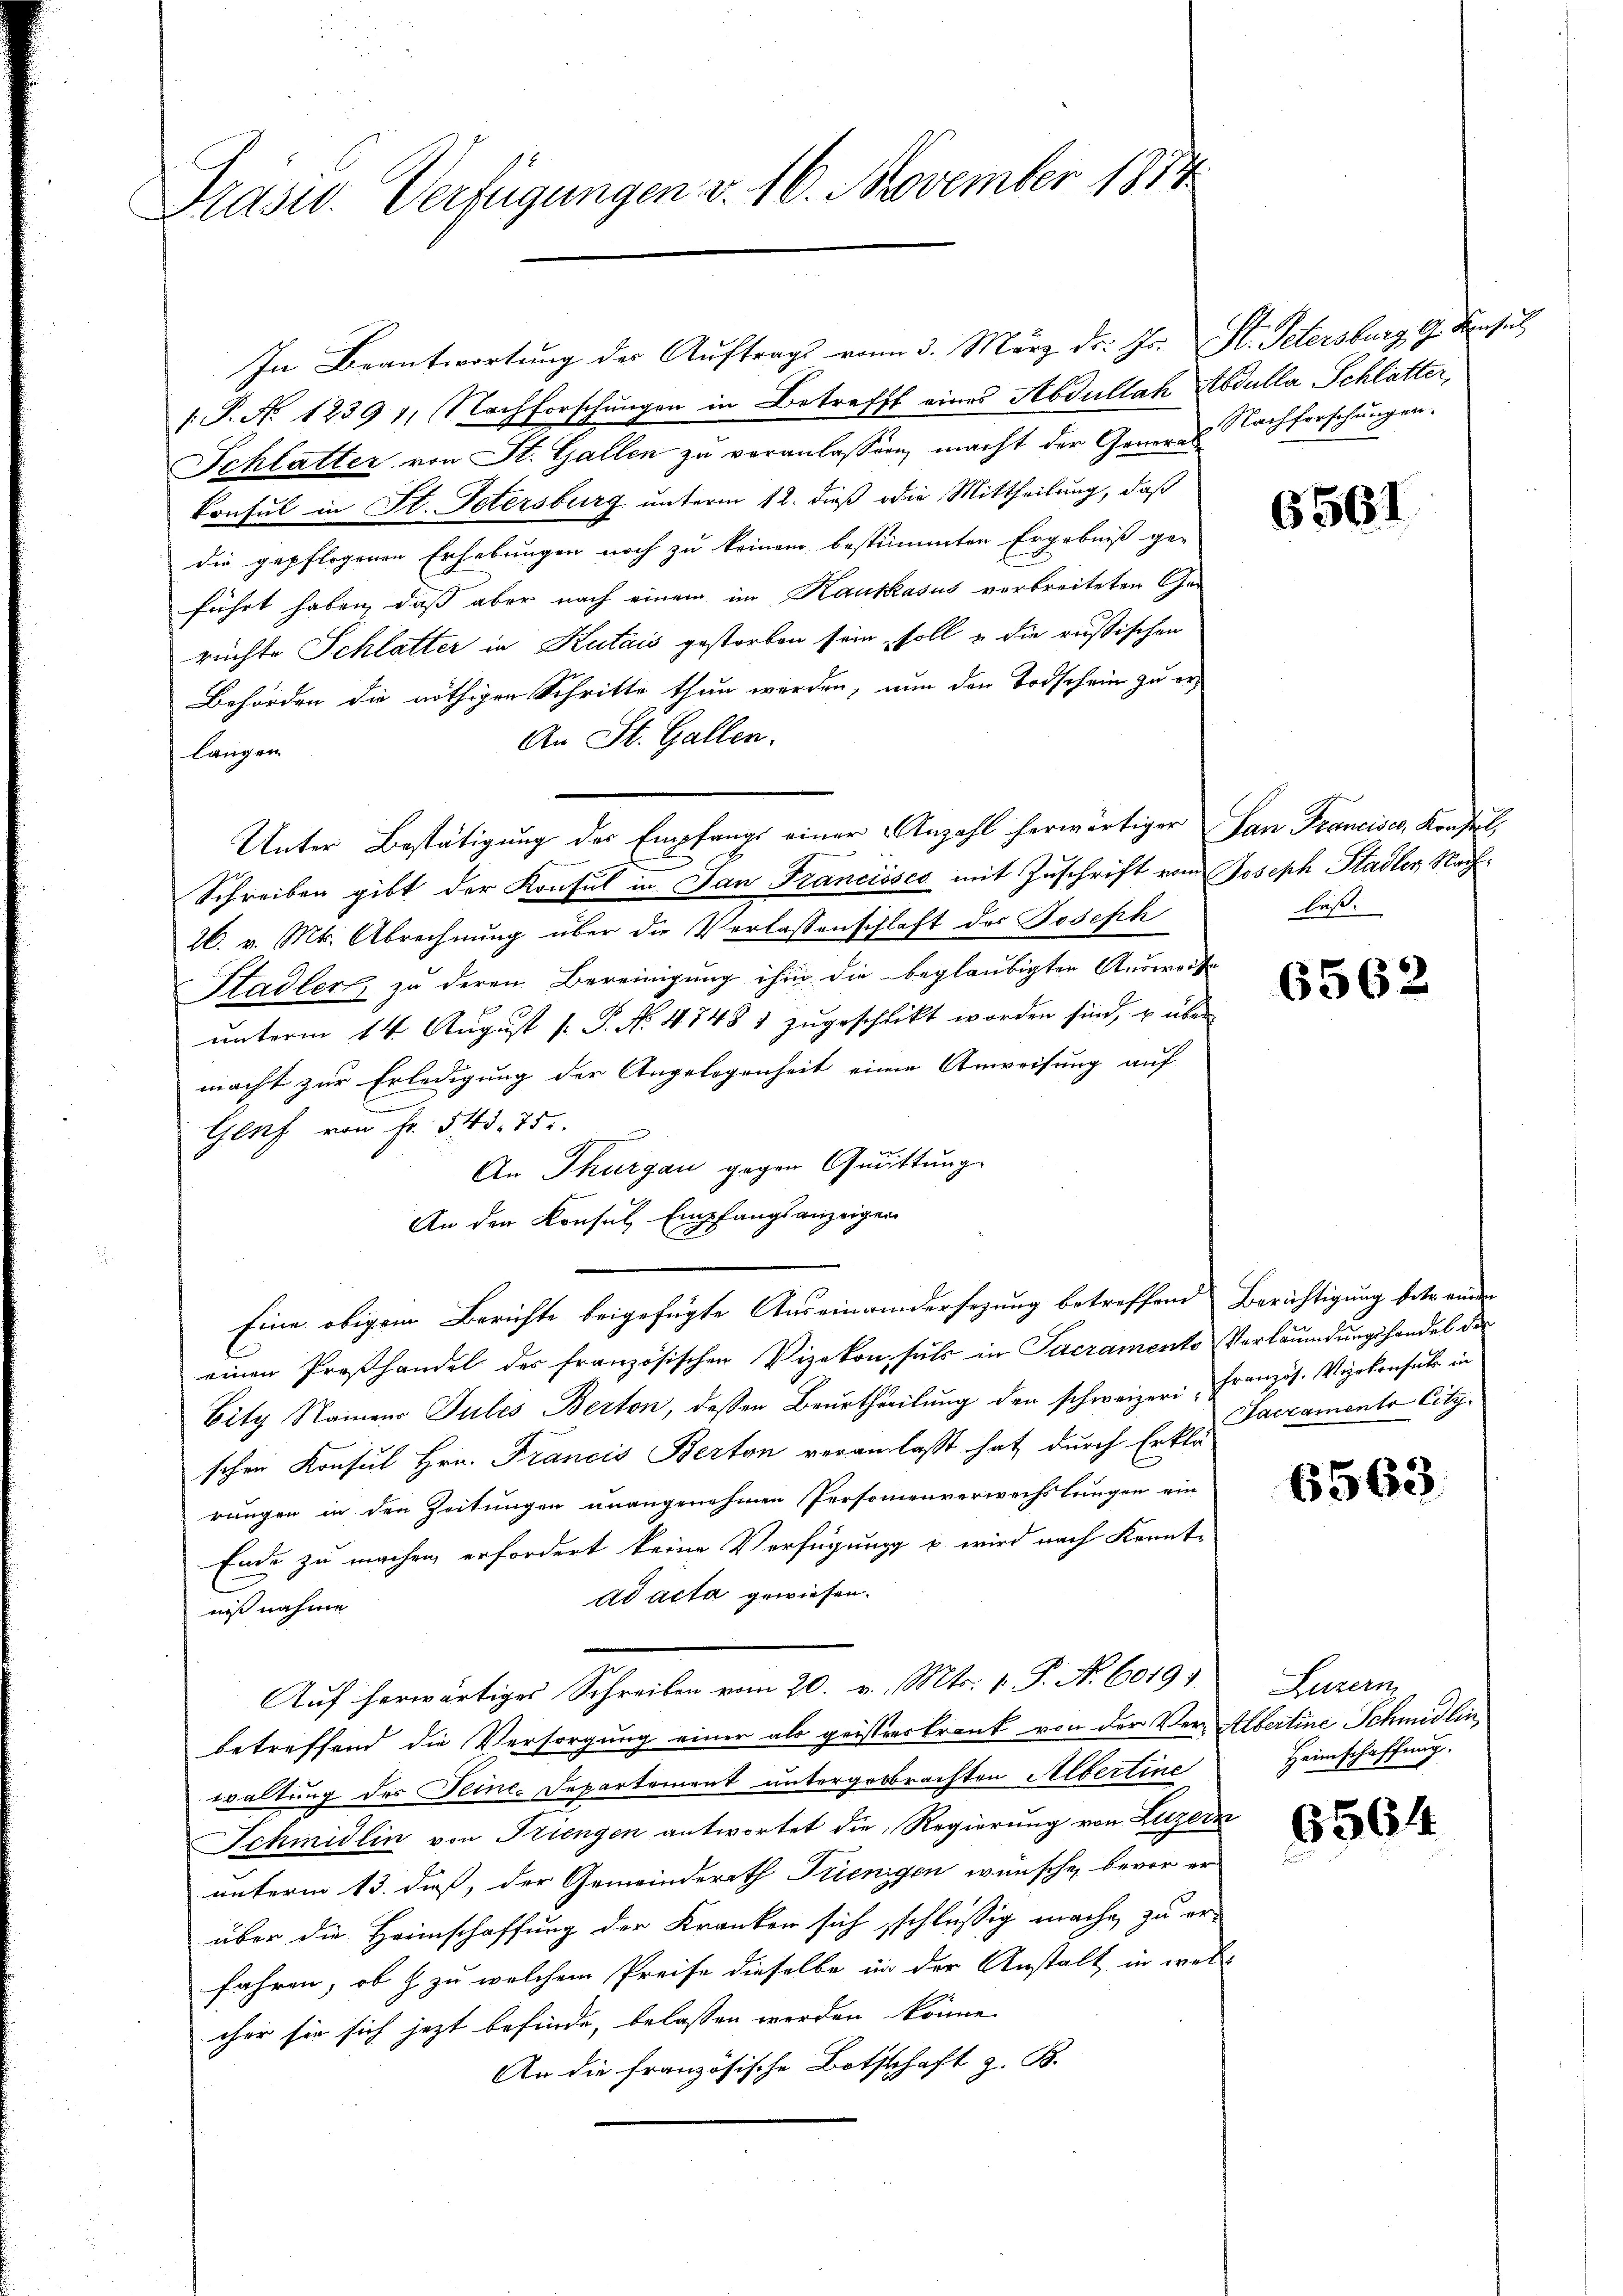
Prasw. Verfügungen v. 16. November 1854

In Beantwortung der Auftrags vom 3. März dr. Jr. St. Petersburg, G. Konsul
.P. No 1239 1, Nachforschungen in Betreff eines Abdullah Abdulla Schlatter,
Schlatter von St. Gallen zu veranlassen, macht der Generes Nachforschŭngen.
Consul in St. Petersburg unterm 12. dieß die Mittheilung, daß
die gepflogenen Erhebungen noch zu keinem bestimmten Ergebniß ge-
führt haben, daß aber nach einem im Kaukasus verbreiteten Gerüchte Schlatter in Kutais gestorben sein, soll & die russischen
Behörden die nöthigen Schritte thun werden, nun den Todschein zu er¬
An St. Gallen.
langen
Unter Bestätigung der Empfangs einer Anzahl herwärtiger San Francises, Konfel
Schreiben gibt der Konsul in Jan Francisco mit Zuschrift vom Joseph Stadler, Nach¬
26. v. Mts. Abrechnung über die Verlassenschlaft des Joseph
Stadler zu deren Bereinigung ihm die beglaubigten Ausweise
unterm 14. August s. P. N. 4748 1 zugeschlikt worden sind, u über
macht zur Erledigung der Angelegenheit einen Anweisung auf
Genf von Fr. 545. 75.
An Thurgau gegen Quittung
An den Konsul Empfangsanzeigen
Eine obigem Berichte beigefügte Auseinandersezung betreffend Berichtigung betrennen
einen Preßhandel des französischen Vizekonsuls in Sacramento Vorläumdungshandel des
Bity Namen Jules Berton, dessen Beurtheilŭng den schweizeri-Franzit. Vizekonfuhr in
schen Konsul Hrn. Francis Berton veranlaßt hat durch Erklä-
rungen in den Zeitungen unangenehmen Personenverwechslungen ein
Ende zu machen, erfordert keine Verfügung u wird nach Kennt¬
Ad acta gewiesen.
niß nahme
Auf herwärtiges Schreiben vom 20. v. Mts. 1. P. Nr. 60191
betreffend die Versorgung einer als geistenskrank von der Ver-Albertine Schmidlin,
waltung des Feine Departement untergebrachten Albertine
Schmidlin von Triengen antwortet die Regierung von Luzern
unterm 13. dieß, der Gemeinderath Trienigen wünsche, bevor er
über die Heimschaffung der Kranken sich schlüßig mache, zu erfahren, ob h. zu welchem Preise dieselbe in der Anstalt in wel-
cher sie sich jezt befinde, belassen werden könne.
An die französische Botschaft z. B.

6561

laß.

6562.

Sacramento litz.

6563.

Luzern
Heimschaffung.

6564